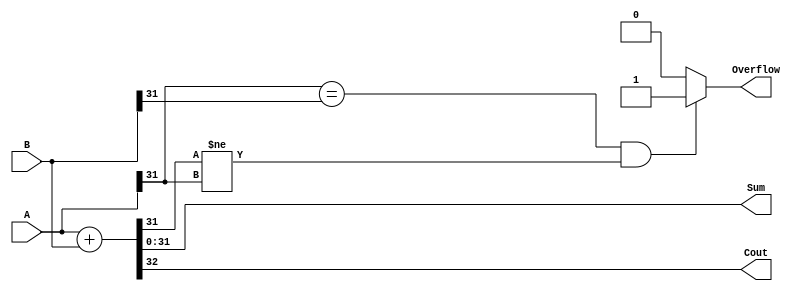
module PlusAdder #(parameter N = 32) (A,B,Sum,Cout,Overflow);
input signed [N-1:0] A,B;
output signed [N-1:0] Sum;
output Cout,Overflow;

assign {Cout,Sum}  = A + B;
assign Overflow = (A[N-1] == B[N-1] && (Sum[N-1] != A[N-1]))? 1 : 0;

endmodule